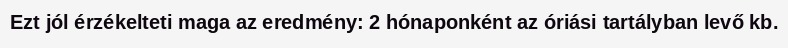
Ezt jól érzékelteti maga az eredmény: 2 hónaponként az óriási tartályban levő kb.